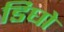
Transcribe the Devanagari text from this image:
डिघो